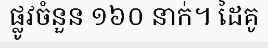
ផ្លូវចំនួន ១៦០ នាក់។ ដៃគូ